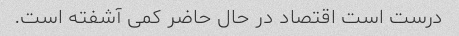
درست است اقتصاد در حال حاضر کمی آشفته است.